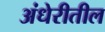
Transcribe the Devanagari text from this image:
अंधेरीतील